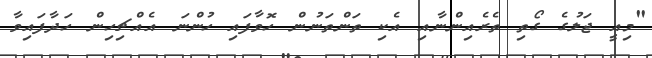
"މިއީ ޖަލުގެ ގޯތި ތެރެއިންނާއި އެކި ތަންތަނުން ހޮވާފައި ހުންނަ އެއްޗިހިން ހަދާފައިވާ